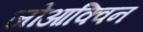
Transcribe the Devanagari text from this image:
जोआक्विन